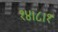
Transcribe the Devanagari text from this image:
१४।८।१